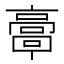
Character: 𩫗